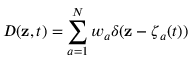
D ( { \mathbf { z } } , t ) = \sum _ { a = 1 } ^ { N } w _ { a } \delta ( { \mathbf { z } } - { \boldsymbol { \zeta } } _ { a } ( t ) )